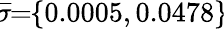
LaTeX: \! \overline{{\sigma}}\! \! =\! \! \{ 0.0005,0.0478\} \!